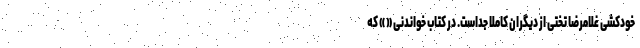
خودکشی غلامرضا تختی از دیگران کاملا جداست. در کتاب خواندنی « » که